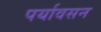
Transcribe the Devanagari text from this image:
पर्यावसन